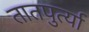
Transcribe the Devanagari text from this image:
तातपुर्त्या